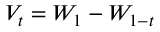
V _ { t } = W _ { 1 } - W _ { 1 - t }